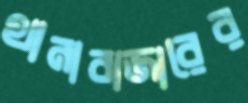
থানাবাজারের